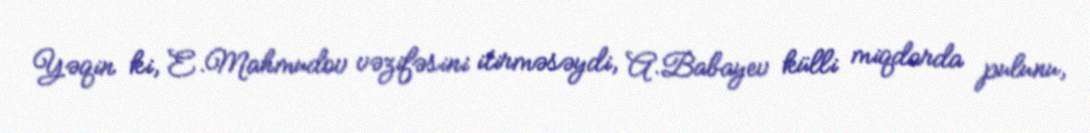
Yəqin ki, E.Mahmudov vəzifəsini itirməsəydi, A.Babayev külli miqdarda pulunu,